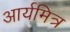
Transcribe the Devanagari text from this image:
आर्यमित्र